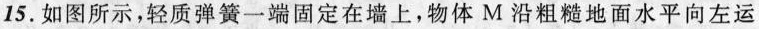
15.如图所示，轻质弹簧一端固定在墙上，物体M沿粗糙地面水平向左运